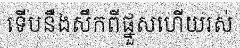
ទើបនឹងសឹកពីផ្នួសហើយរស់